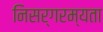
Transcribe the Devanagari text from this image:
निसर्गरम्यता